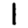
Digit: 1